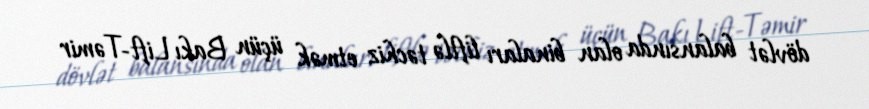
dövlət balansında olan binaları liftlə təchiz etmək üçün Bakı Lift-Təmir